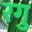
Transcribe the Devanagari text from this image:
रगु